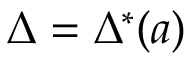
\Delta = \Delta ^ { * } ( a )